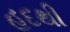
હદથી